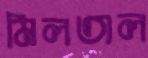
মিলতাল